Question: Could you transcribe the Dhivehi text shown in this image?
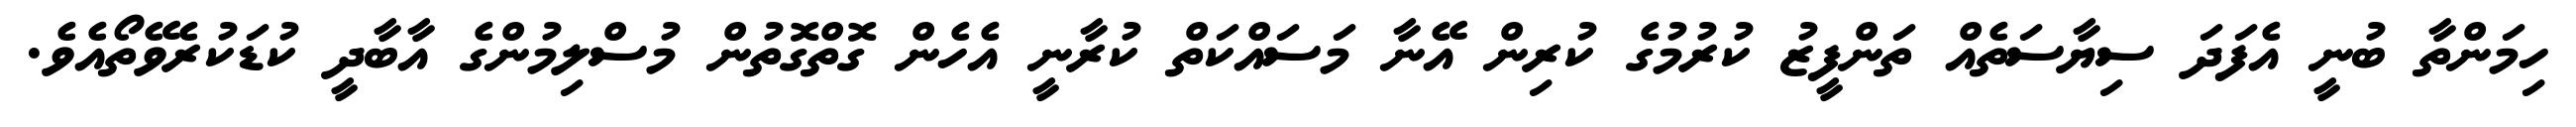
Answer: ހިމަންތާ ބުނީ އެފަދަ ސިޔާސަތެއް ތަންފީޒު ކުރުމުގެ ކުރިން އޭނާ މަސައްކަތް ކުރާނީ އެހެން ގޮތްގޮތުން މުސްލިމުންގެ އާބާދީ ކުޑަކުރެވޭތޯއެވެ.